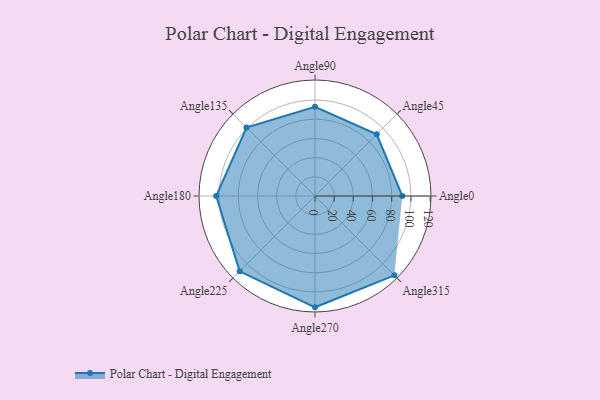
{"axis": {"x": "Angle", "y": "Radius"}, "legend": [""], "data": [{"x": "Angle0", "y": 91.0, "type": ""}, {"x": "Angle45", "y": 91.0, "type": ""}, {"x": "Angle90", "y": 93.0, "type": ""}, {"x": "Angle135", "y": 101.0, "type": ""}, {"x": "Angle180", "y": 103.0, "type": ""}, {"x": "Angle225", "y": 111.0, "type": ""}, {"x": "Angle270", "y": 116.0, "type": ""}, {"x": "Angle315", "y": 117.0, "type": ""}]}